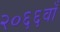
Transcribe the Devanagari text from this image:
२०६६वाँ